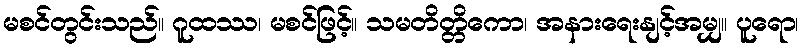
မစင်တွင်းသည်။ ဂူထဿ၊ မစင်ဖြင့်။ သမတိတ္တိကော၊ အနားရေးနျင့်အမျှ။ ပူရော၊